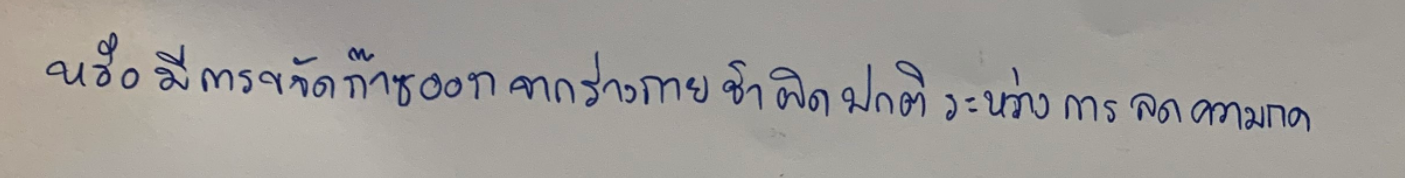
หรือมีการขจัดก๊าซออกจากร่างกายช้าผิดปกติระหว่างการลดความกด